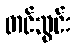
တင်သွင်း